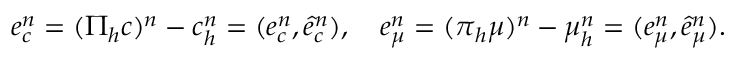
\boldsymbol { e } _ { c } ^ { n } = ( \boldsymbol { \Pi } _ { h } \boldsymbol { c } ) ^ { n } - \boldsymbol { c } _ { h } ^ { n } = ( e _ { c } ^ { n } , \hat { e } _ { c } ^ { n } ) , \quad \boldsymbol { e } _ { \mu } ^ { n } = ( \boldsymbol { \pi } _ { h } \mu ) ^ { n } - \boldsymbol { \mu } _ { h } ^ { n } = ( e _ { \mu } ^ { n } , \hat { e } _ { \mu } ^ { n } ) .